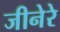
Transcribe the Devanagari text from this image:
जीनेरे